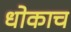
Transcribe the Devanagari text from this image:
धोकाच